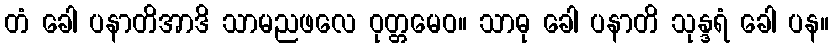
တံ ခေါ ပနာတိအာဒိ သာမညဖလေ ဝုတ္တမေဝ။ သာဓု ခေါ ပနာတိ သုန္ဒရံ ခေါ ပန။